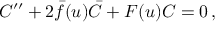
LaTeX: C ^ { \prime \prime } + 2 \bar { f } ( u ) \bar { C } + F ( u ) C = 0 \, ,